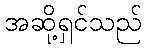
အဆို့ရှင်သည်